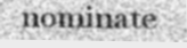
nominate